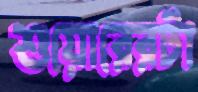
শুয়োরেরটা